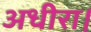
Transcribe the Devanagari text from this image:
अधीरा।